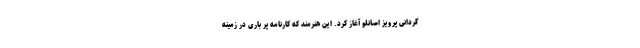
گردانی پرویز اصانلو آغاز کرد. این هنرمند که کارنامه پر باری در زمینه